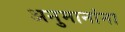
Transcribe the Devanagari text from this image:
अनुमानांना